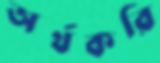
অর্থকরি